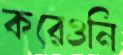
করেওনি